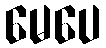
မေပေ